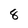
Character: 8